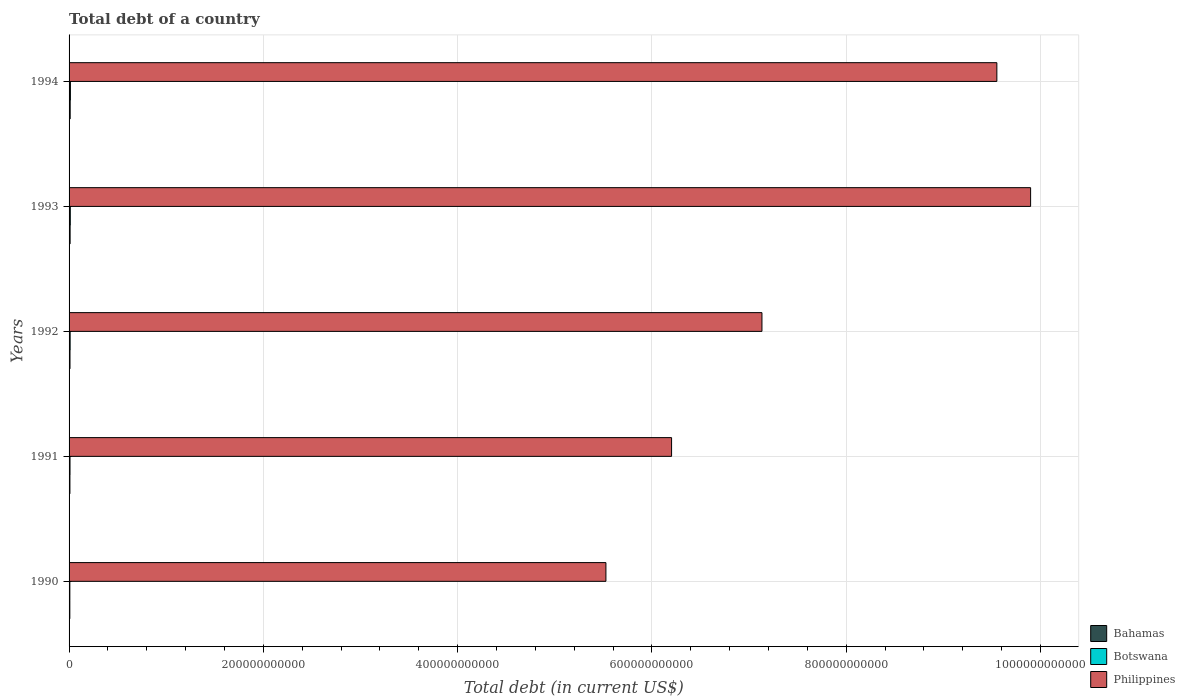
| Years | Bahamas | Botswana | Philippines |
 | --- | --- | --- | --- |
 | 1990 | 7.73e+08 | 8.02e+08 | 5.53e+11 |
 | 1991 | 8.7e+08 | 9.66e+08 | 6.2e+11 |
 | 1992 | 9.52e+08 | 1.1e+09 | 7.13e+11 |
 | 1993 | 1.06e+09 | 1.25e+09 | 9.9e+11 |
 | 1994 | 1.14e+09 | 1.38e+09 | 9.55e+11 |